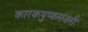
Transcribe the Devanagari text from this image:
कारकपुप्फमंजरी